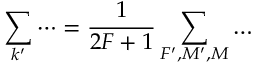
{ \sum _ { k ^ { \prime } } \dots = \frac { 1 } { 2 F + 1 } \sum _ { F ^ { \prime } , M ^ { \prime } , M } \dots }